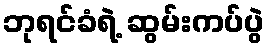
ဘုရင်ခံရဲ့ ဆွမ်းကပ်ပွဲ